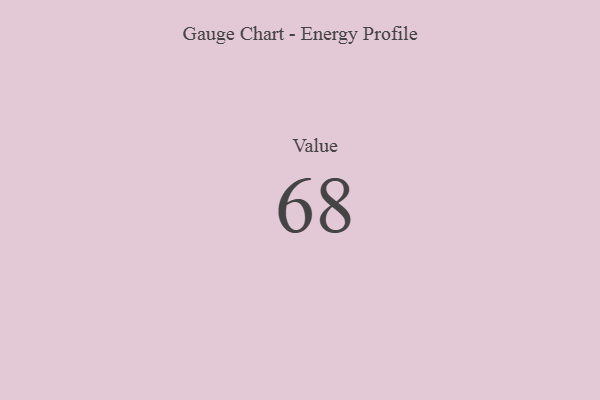
{"axis": {"x": "Metric", "y": "Value"}, "legend": [""], "data": [{"x": "Value", "y": 68, "type": ""}]}